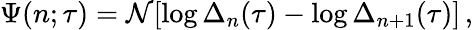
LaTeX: \Psi(n;\tau)=\mathcal{N}[\log\Delta_{n}(\tau)-\log\Delta_{n+1}(\tau)]\, ,